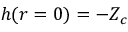
h ( r = 0 ) = - Z _ { c }